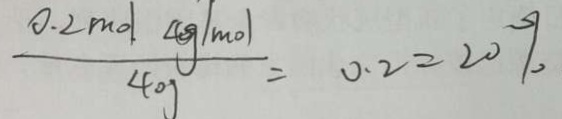
\frac { 0 . 2 m o l . 4 g \vert m o \vert } { 4 0 g } = 0 . 2 = 2 0 \%